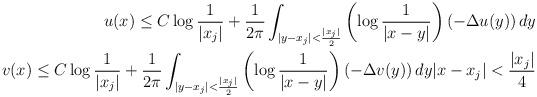
\begin{align*} u(x)\leq C\log\frac{1}{|x_j|}+\frac{1}{2\pi} \int_{|y-x_j|<\frac{|x_j|}{2}} \left(\log\frac{1}{|x-y|}\right) (-\Delta u(y))\,dy\\ v(x)\leq C\log\frac{1}{|x_j|}+\frac{1}{2\pi} \int_{|y-x_j|<\frac{|x_j|}{2}} \left(\log\frac{1}{|x-y|}\right) (-\Delta v(y))\,dy |x-x_j|<\frac{|x_j|}{4} \end{align*}